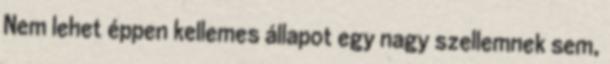
Nem lehet éppen kellemes állapot egy nagy szellemnek sem,